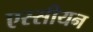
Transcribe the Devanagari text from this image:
एस्सीयन